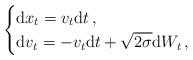
LaTeX: \begin{align*}\begin{cases}\mathrm{d} x_t = v_t \mathrm{d} t\,, \\ \mathrm{d} v_t = - v_t \mathrm{d} t + \sqrt{2 \sigma} \mathrm{d} W_t\,,\end{cases}\end{align*}